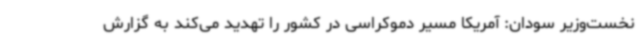
نخست‌وزیر سودان: آمریکا مسیر دموکراسی در کشور را تهدید می‌کند به گزارش